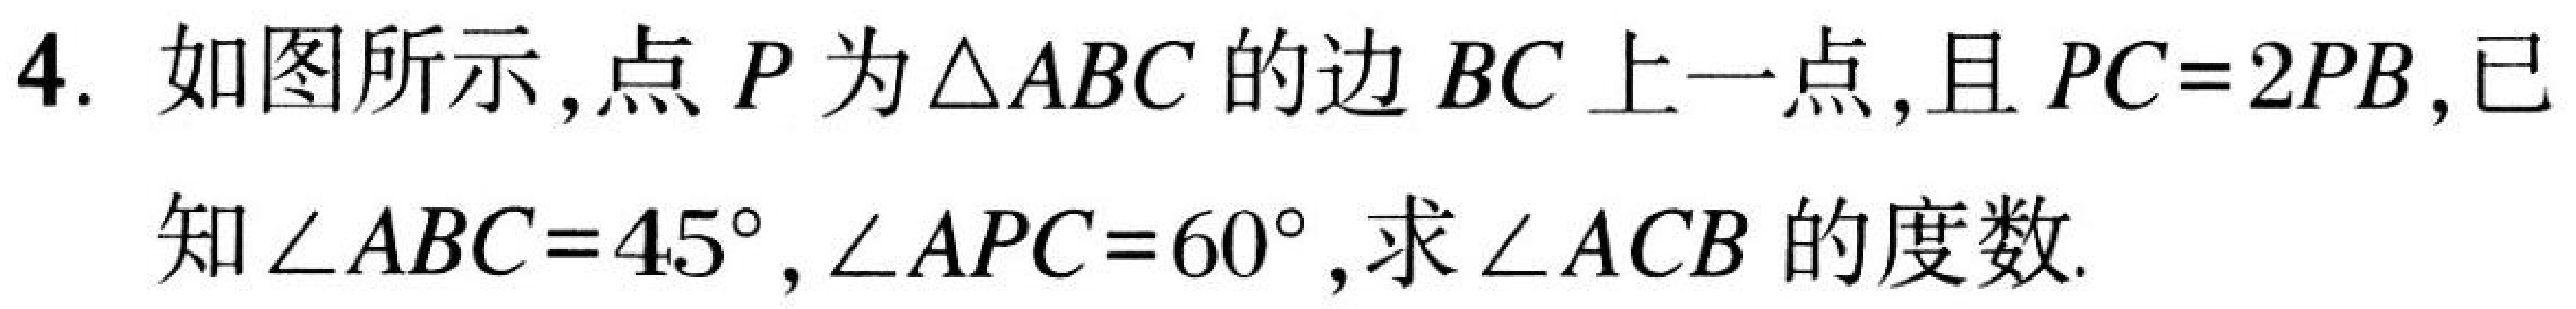
4. 如图所示,点 \(P\) 为\(\triangle ABC\) 的边 \(BC\) 上一点,且 \(PC = 2PB\),已
知\(\angle ABC = 45^{\circ}\), \(\angle APC = 60^{\circ}\),求\(\angle ACB\) 的度数.